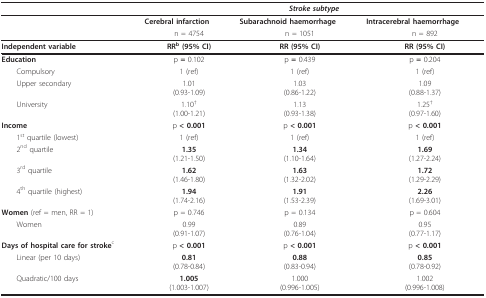
<table><thead><tr><td></td><td colspan="3"><b><i>Stroke subtype</i></b></td></tr></thead><tbody><tr><td></td><td><b>Cerebral infarction</b></td><td><b>Subarachnoid haemorrhage</b></td><td><b>Intracerebral haemorrhage</b></td></tr><tr><td></td><td>n = 4754</td><td>n = 1051</td><td>n = 892</td></tr><tr><td><b>Independent variable</b></td><td><b>RR<sup>b </sup>(95% CI)</b></td><td><b>RR (95% CI)</b></td><td><b>RR (95% CI)</b></td></tr><tr><td><b>Education</b></td><td>p <b>= </b>0.102</td><td>p <b>= </b>0.439</td><td>p <b>= </b>0.204</td></tr><tr><td> Compulsory</td><td>1 (ref)</td><td>1 (ref)</td><td>1 (ref)</td></tr><tr><td> Upper secondary</td><td>1.01(0.93-1.09)</td><td>1.03(0.86-1.22)</td><td>1.09(0.88-1.37)</td></tr><tr><td> University</td><td>1.10<sup>†</sup>(1.00-1.21)</td><td>1.13(0.93-1.38)</td><td>1.25<sup>†</sup>(0.97-1.60)</td></tr><tr><td><b>Income</b></td><td>p <b>&lt; 0.001</b></td><td>p <b>&lt; 0.001</b></td><td>p <b>&lt; 0.001</b></td></tr><tr><td> 1<sup>st </sup>quartile (lowest)</td><td>1 (ref)</td><td>1 (ref)</td><td>1 (ref)</td></tr><tr><td> 2<sup>nd </sup>quartile</td><td><b>1.35</b>(1.21-1.50)</td><td><b>1.34</b>(1.10-1.64)</td><td><b>1.69</b>(1.27-2.24)</td></tr><tr><td> 3<sup>rd </sup>quartile</td><td><b>1.62</b>(1.46-1.80)</td><td><b>1.63</b>(1.32-2.02)</td><td><b>1.72</b>(1.29-2.29)</td></tr><tr><td> 4<sup>th </sup>quartile (highest)</td><td><b>1.94</b>(1.74-2.16)</td><td><b>1.91</b>(1.53-2.39)</td><td><b>2.26</b>(1.69-3.01)</td></tr><tr><td><b>Women </b>(ref = men, RR = 1)</td><td>p = 0.746</td><td>p = 0.134</td><td>p = 0.604</td></tr><tr><td> Women</td><td>0.99(0.91-1.07)</td><td>0.89(0.76-1.04)</td><td>0.95(0.77-1.17)</td></tr><tr><td><b>Days of hospital care for stroke</b><sup>c</sup></td><td>p <b>&lt; 0.001</b></td><td>p <b>&lt; 0.001</b></td><td>p <b>&lt; 0.001</b></td></tr><tr><td> Linear (per 10 days)</td><td><b>0.81</b>(0.78-0.84)</td><td><b>0.88</b>(0.83-0.94)</td><td><b>0.85</b>(0.78-0.92)</td></tr><tr><td> Quadratic/100 days</td><td><b>1.005</b>(1.003-1.007)</td><td>1.000(0.996-1.005)</td><td>1.002(0.996-1.008)</td></tr></tbody></table>